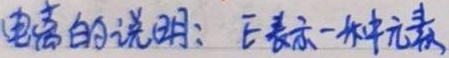
电离的说明：E表示一种元素